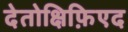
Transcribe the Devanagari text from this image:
देतोक्षिफ़िएद